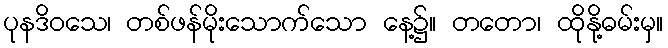
ပုနဒိဝသေ၊ တစ်ဖန်မိုးသောက်သော နေ့၌။ တတော၊ ထိုနို့ဓမ်းမှ။